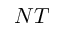
N T